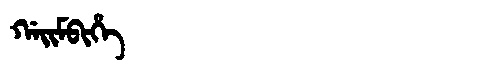
Manchu: ᡤᠠᡳᠮᠪᡳᡥᡝ
Romanization: GAIMBIHE